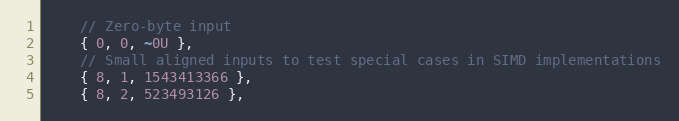
Language: C++
    // Zero-byte input
    { 0, 0, ~0U },
    // Small aligned inputs to test special cases in SIMD implementations
    { 8, 1, 1543413366 },
    { 8, 2, 523493126 },